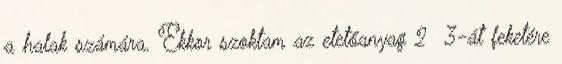
a halak számára. Ekkor szoktam az etetőanyag 2 3-át feketére